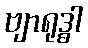
ဗျာရုဒ္ဓါ